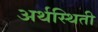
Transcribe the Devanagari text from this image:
अर्थस्थिती